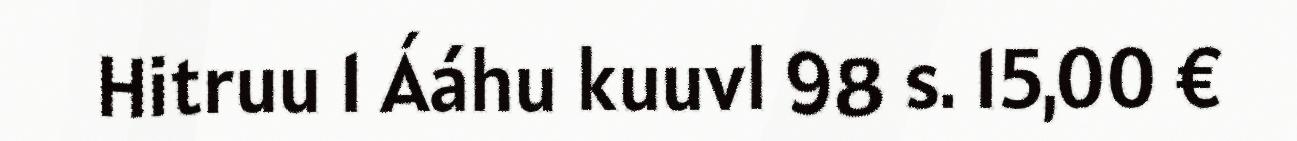
Hitruu 1 Ááhu kuuvl 98 s. 15,00 €